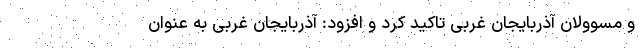
و مسوولان آذربایجان غربی تاکید کرد و افزود: آذربایجان غربی به عنوان